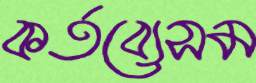
কর্তব্যেসম